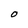
Character: O